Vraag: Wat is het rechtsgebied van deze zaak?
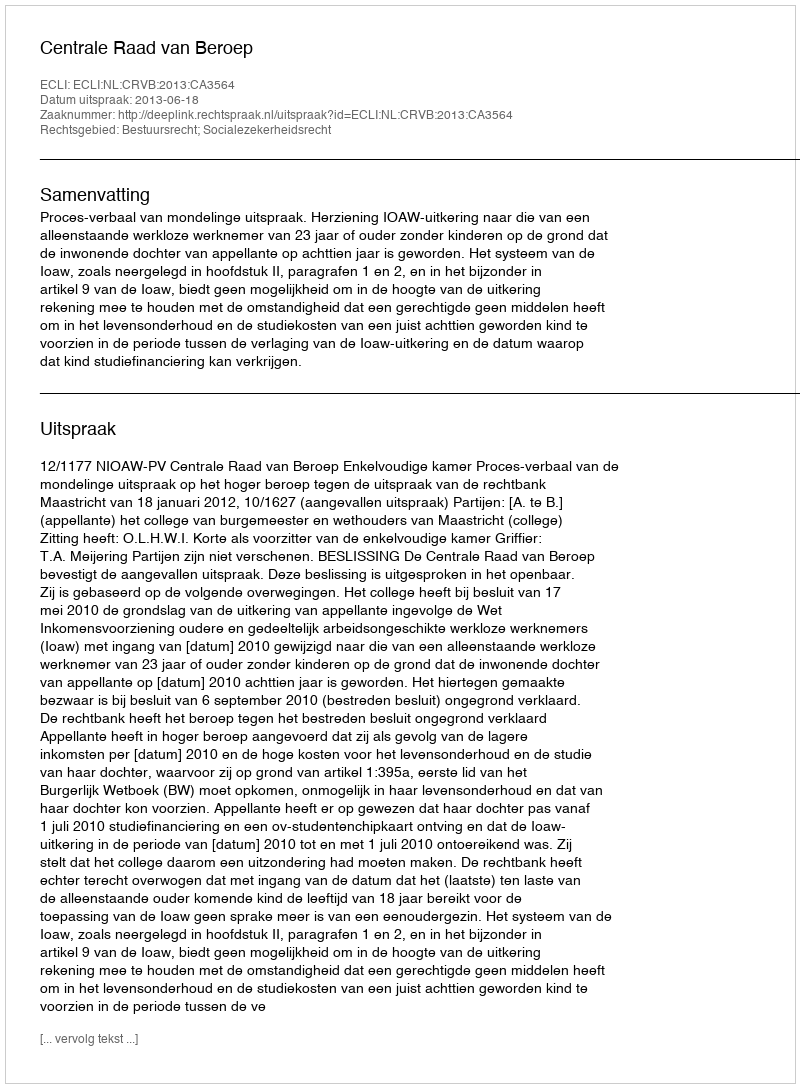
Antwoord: Bestuursrecht; Socialezekerheidsrecht